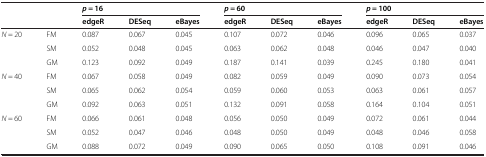
|  |  | <COLSPAN=3> p = 16 | <COLSPAN=3> p = 60 | <COLSPAN=3> p = 100 |
 |  |  | edgeR | DESeq | eBayes | edgeR | DESeq | eBayes | edgeR | DESeq | eBayes |
 | --- | --- | --- | --- | --- | --- | --- | --- | --- | --- | --- |
 | <ROWSPAN=3> N = 20 | FM | 0.087 | 0.067 | 0.045 | 0.107 | 0.072 | 0.046 | 0.096 | 0.065 | 0.037 |
 | SM | 0.052 | 0.048 | 0.045 | 0.063 | 0.062 | 0.048 | 0.046 | 0.047 | 0.040 |
 | GM | 0.123 | 0.092 | 0.049 | 0.187 | 0.141 | 0.039 | 0.245 | 0.180 | 0.041 |
 | <ROWSPAN=3> N = 40 | FM | 0.067 | 0.058 | 0.049 | 0.082 | 0.059 | 0.049 | 0.090 | 0.073 | 0.054 |
 | SM | 0.065 | 0.062 | 0.054 | 0.059 | 0.060 | 0.053 | 0.063 | 0.061 | 0.057 |
 | GM | 0.092 | 0.063 | 0.051 | 0.132 | 0.091 | 0.058 | 0.164 | 0.104 | 0.051 |
 | <ROWSPAN=3> N = 60 | FM | 0.066 | 0.061 | 0.048 | 0.056 | 0.050 | 0.049 | 0.072 | 0.061 | 0.044 |
 | SM | 0.052 | 0.047 | 0.046 | 0.048 | 0.050 | 0.049 | 0.048 | 0.046 | 0.058 |
 | GM | 0.088 | 0.072 | 0.049 | 0.090 | 0.065 | 0.050 | 0.108 | 0.091 | 0.046 |